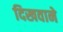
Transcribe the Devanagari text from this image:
दिखवाने